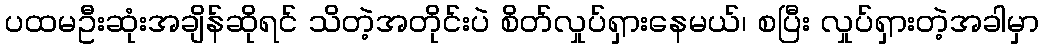
ပထမဦးဆုံးအချိန်ဆိုရင် သိတဲ့အတိုင်းပဲ စိတ်လှုပ်ရှားနေမယ်၊ စပြီး လှုပ်ရှားတဲ့အခါမှာ